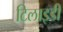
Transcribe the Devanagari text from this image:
टिलाइडी